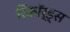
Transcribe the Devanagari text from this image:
रिकॉर्ड्स